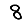
Digit: 8